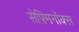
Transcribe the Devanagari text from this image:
सेफ़्मिनॉक्स